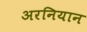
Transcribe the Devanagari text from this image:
अरनियान